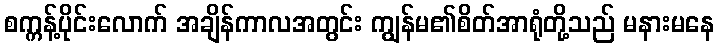
စက္ကန့်ပိုင်းလောက် အချိန်ကာလအတွင်း ကျွန်မ၏စိတ်အာရုံတို့သည် မနားမနေ